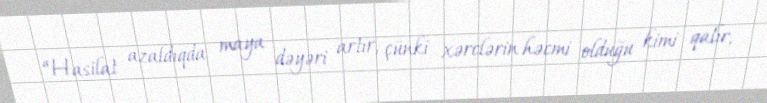
“Hasilat azaldıqda maya dəyəri artır, çünki xərclərin həcmi olduğu kimi qalır,